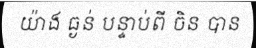
យ៉ាង ធ្ងន់ បន្ទាប់ពី ចិន បាន